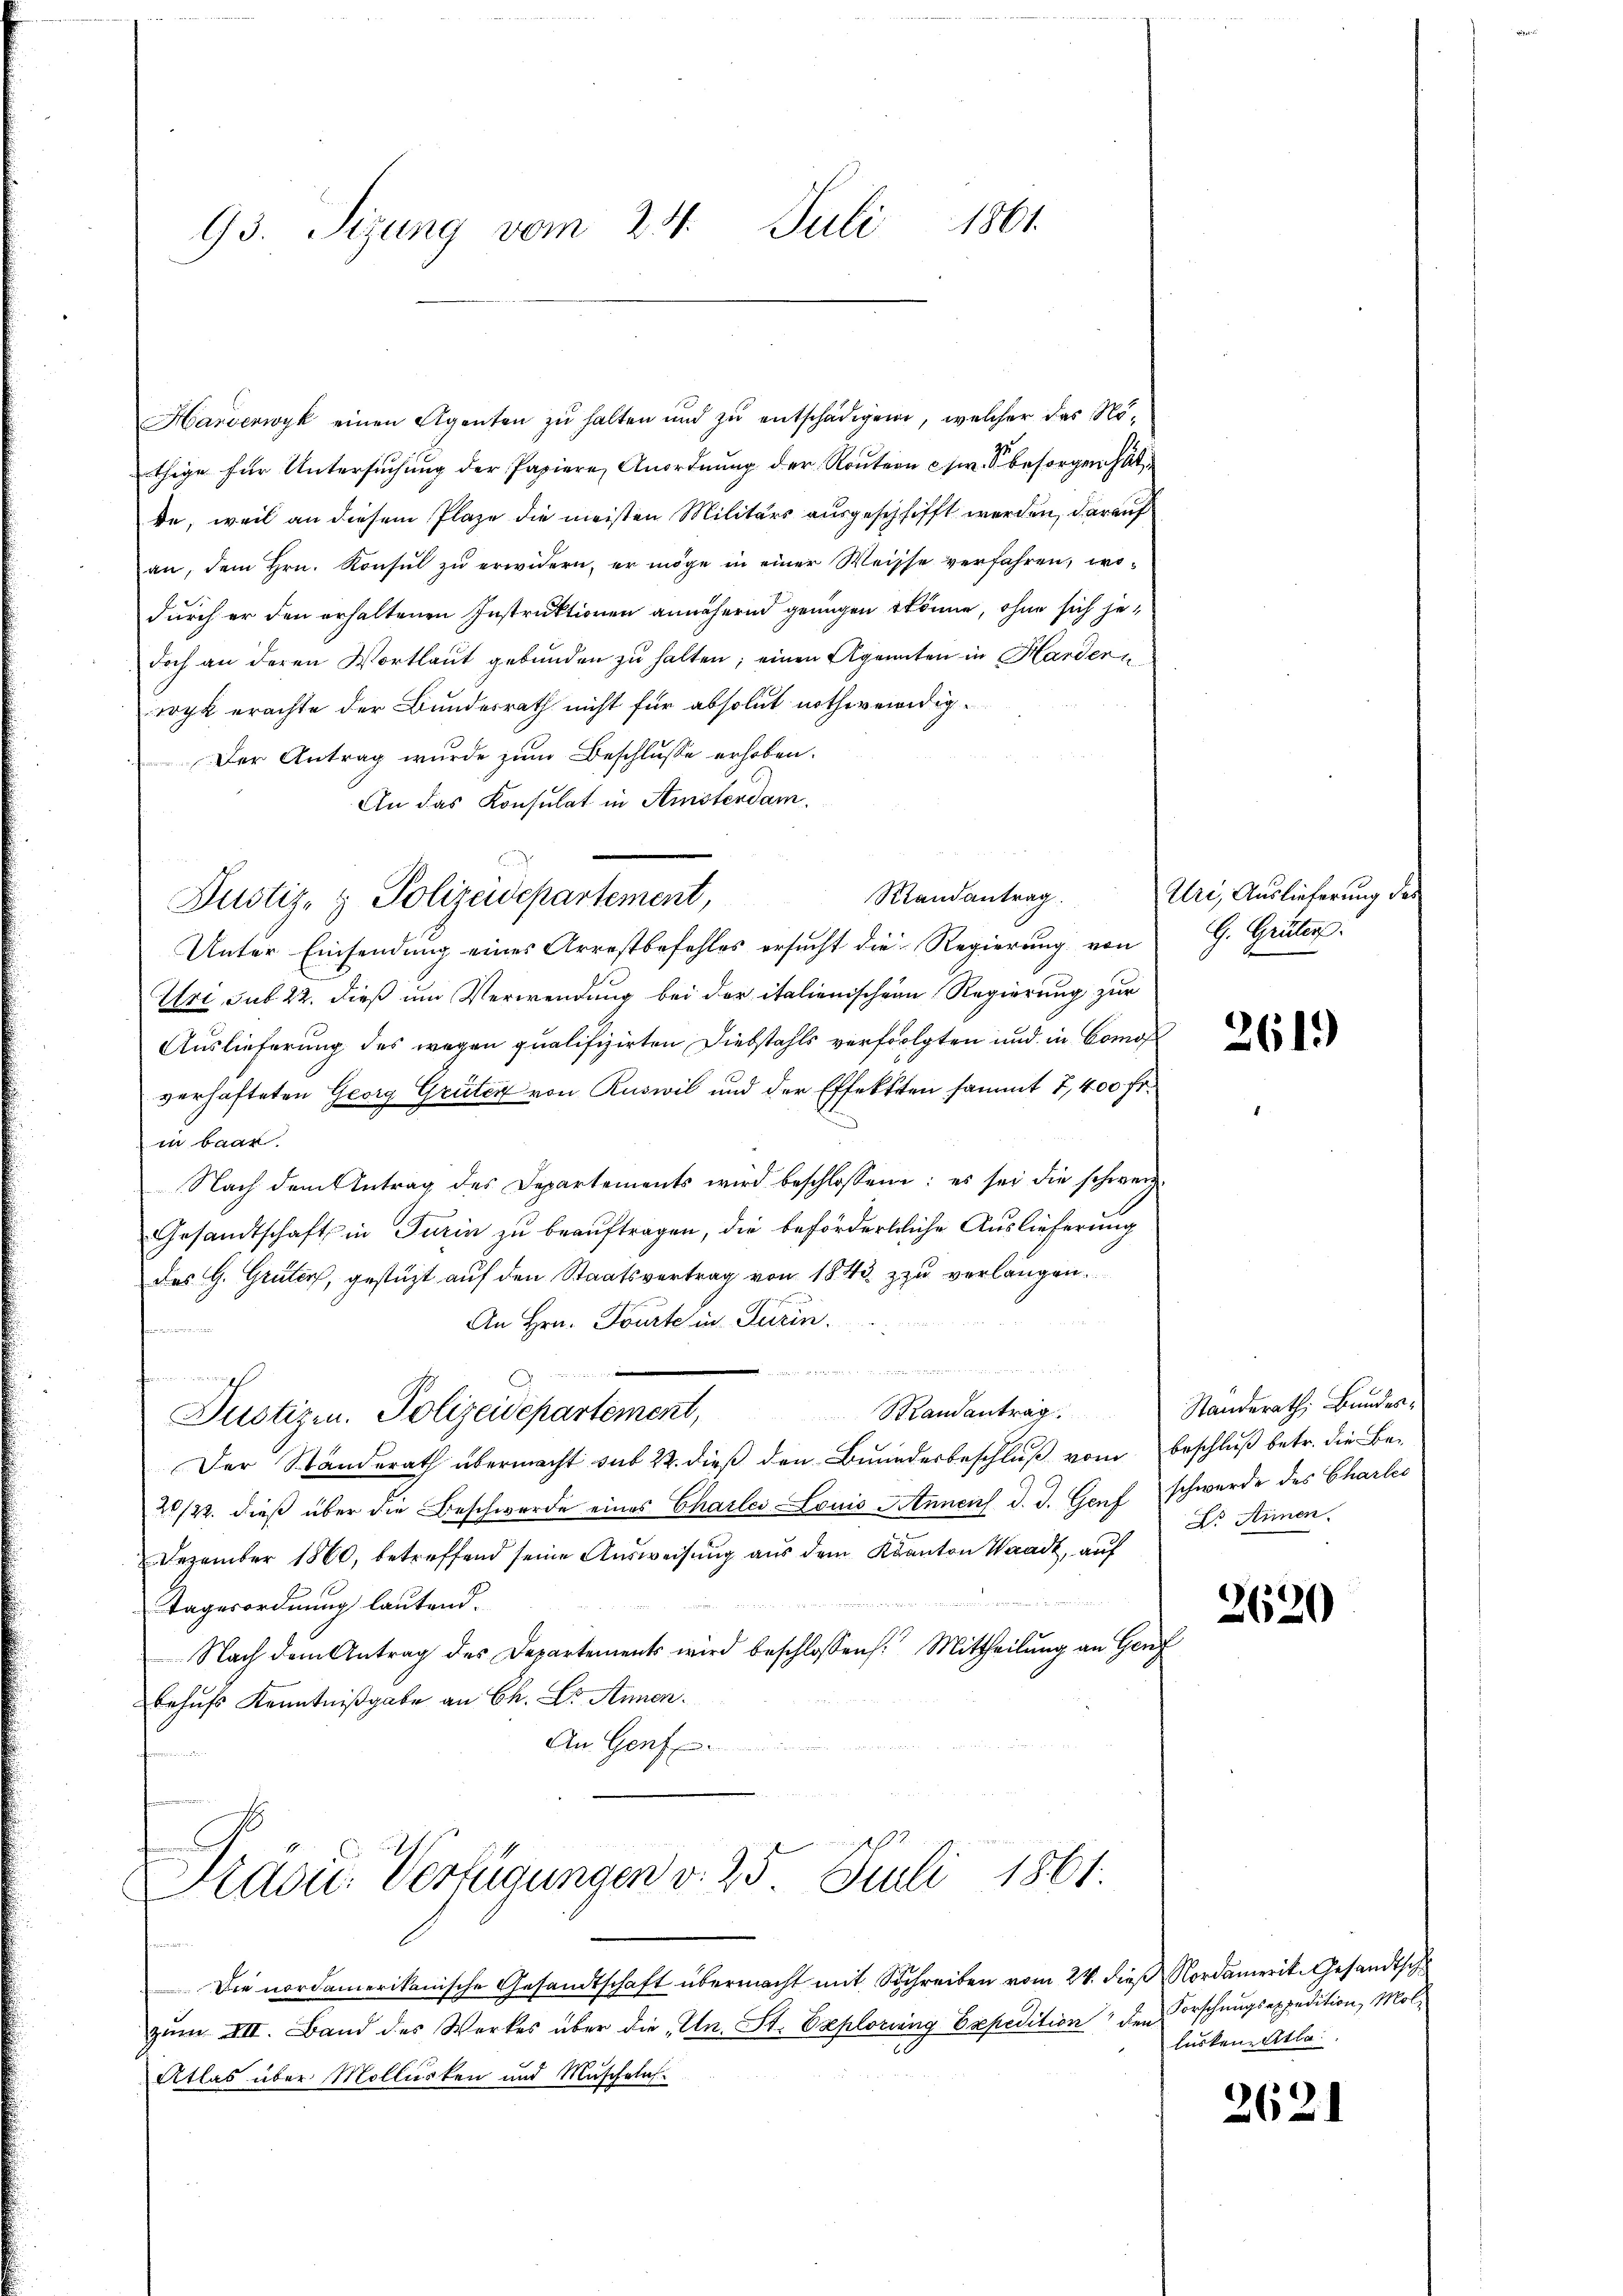
93. Sizung vom 24. Juli 1861

Harverwyk einen Agenten zŭ halten und zŭ entschädigen, welcher das Nöthige für Untersuchung der Pasiere Anordnung der Routern c. S. besorgen hat,
de, weil an diesem Plaze die meisten Militärs ausgeschlifft werden, darauf
an, dem Hrn. Konsŭl zŭ erwidern, er möge in einer Weisse verfahren, wodurch er den erhaltenen Instruktionen annähernd genügen könne, ohne sich jedoch an deren Wortlaut gebŭnden zŭ halten; einen Agenten in Hardern
wyl erachte der Bundesrath nicht für absolut nothwendig¬
Der Antrag wurde zum Beschlusse erhoben.
An das Konsulat in Amsterdam.
Unter Einsendung eines Arrestbefehles ersucht die Regierung von
Uri, sub 22. dieß um Verwendung bei der italienischein Regierung zur
Auslieferung des wegen qualifizirten Diebstahls verfolgten und in Comoverhafteten Georg Grüter von Ruswil und der Effektten sammt 7,400 fr.
in baar.
Nach dem Antrag des Departements wird beschlossen: es sei die schweiz.
Gesandtschaft in Turin zu beauftragen, die befördertliche Auslieferung
des G. Grüter, gestützt auf den Staatsvertrag von 1843 zu verlangen.

An Hrn. Tourte in Turin
e

Randantrag
Justizen. Polizeidepartement,
Der Standerath übermacht sub 22. dieß den Bunderbeschluß vom Beschluß betr. die Be-
20/22. dieß über die Beschwerde eines Charlei Louis Annens d. J. Genf schwerde des Charles
Dezember 1860, betreffend seine Ausweisung aus dem Kanton Waadt, auf
Tagesordnung lautend.
Nach dem Antrag des Departements wird beschlossen Mittheilung an Genf
behufs Kenntnißgabe an Ch. Dr. Annen.
An Genf

Randantrag
Justiz- & Polizeidepartement,

Pravić-Verfügungen v. 25. Juli 1861.

Die nordamerikanische Gesandtschaft übermacht mit Schreiben vom 24. dieß Nordamerit. Gesandtsch
zŭm VII. Band des Werkes über die „Un. St. Explorieng Expedition den Vorschungsexpedition, Mol-
Atlas über Mollüsten und Muschelas

Uri, Auslieferung der
G. Grüter.

2619

Standerath, Bundes¬
Es Annen.

2620

lusken Atla

2621